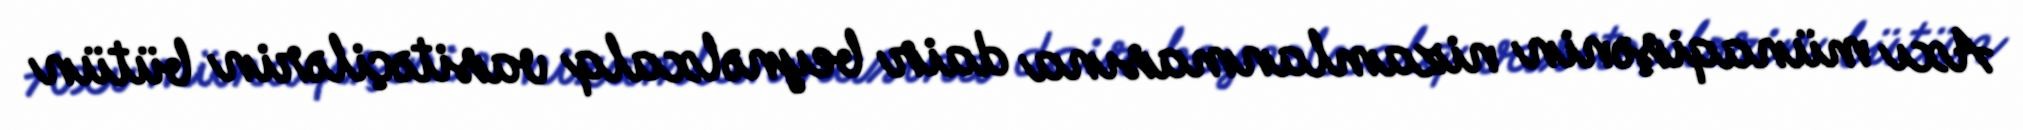
Axı münaqişənin nizamlanmasına dair beynəlxalq vasitəçilərin bütün